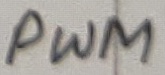
Text: PWM